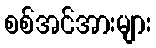
စစ်အင်အားများ